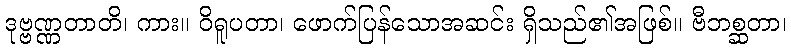
ဒုဗ္ဗဏ္ဏတာတိ၊ ကား။ ဝိရူပတာ၊ ဖောက်ပြန်သောအဆင်း ရှိသည်၏အဖြစ်။ ဗီဘစ္ဆတာ၊